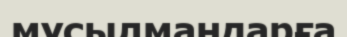
мұсылмандарға